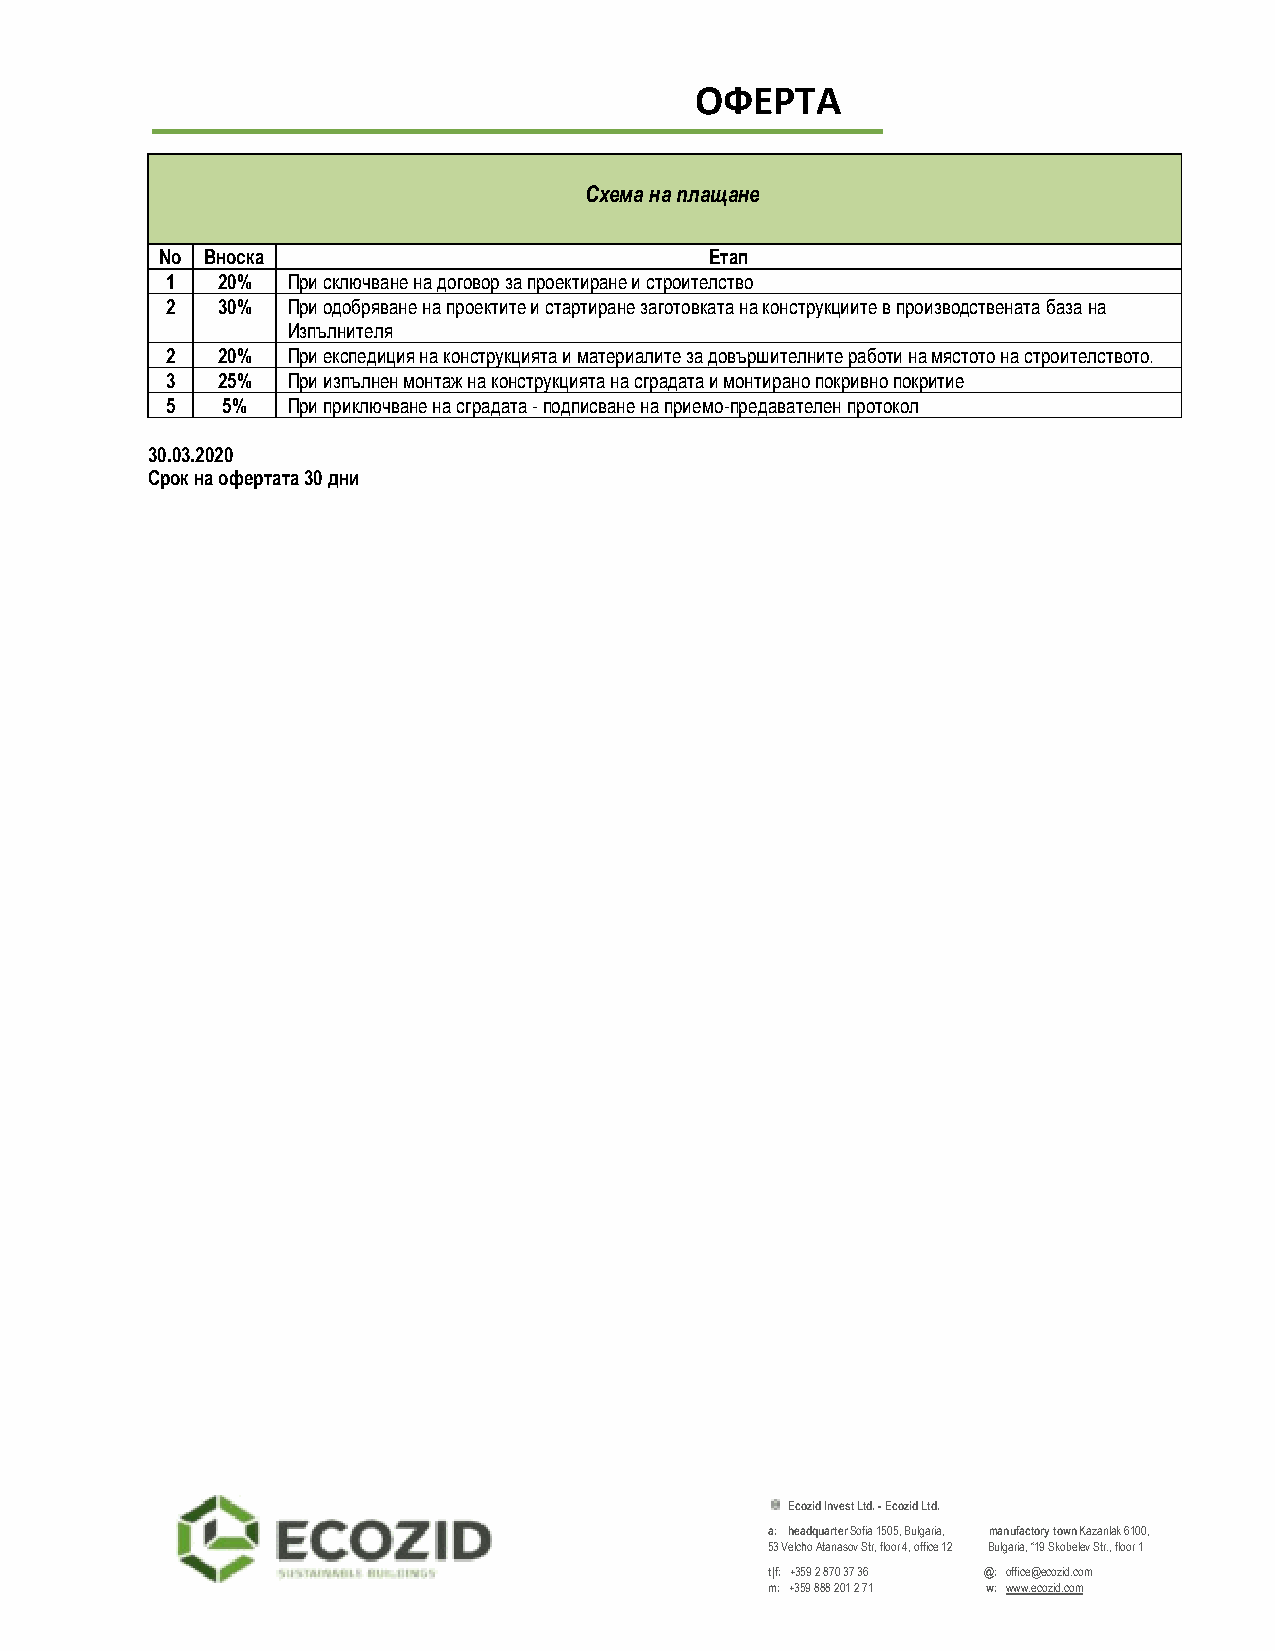
ОФЕРТА
 Схема на плащане
 No Вноска                           Етап
 1  20%  При сключване на договор за проектиране и строителство
 2  30%  При одобряване на проектите и стартиране заготовката на конструкциите в производствената база на
 Изпълнителя
 2  20%  При експедиция на конструкцията и материалите за довършителните работи на мястото на строителството.
 3  25%  При изпълнен монтаж на конструкцията на сградата и монтирано покривно покритие
 5   5%  При приключване на сградата - подписване на приемо-предавателен протокол
 30.03.2020
 Срок на офертата 30 дни
 Ecozid Invest Ltd. - Ecozid Ltd.
 a: headquarter Sofia 1505, Bulgaria, manufactory town Kazanlak 6100,
 53 Velcho Atanasov Str, floor 4, office 12 Bulgaria, “19 Skobelev Str., floor 1
 t|f: +359 2 870 37 36 @: office@ecozid.com
 m: +359 888 201 2 71 w: www.ecozid.com